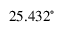
2 5 . 4 3 2 ^ { \circ }